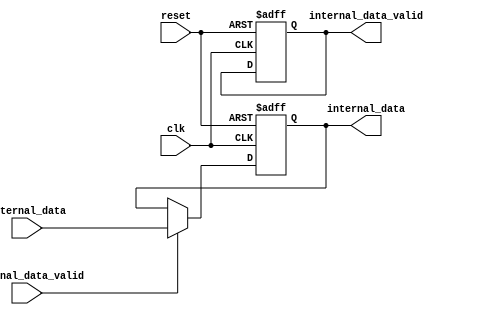
module io_block(
    input wire clk,
    input wire reset,
    // input signals from external device
    input wire external_data,
    input wire external_data_valid,
    // output signals to external device
    output reg internal_data,
    output reg internal_data_valid
);

// declare flip-flops for buffering signals
reg internal_data_reg;
reg internal_data_valid_reg;

// control logic for managing data flow direction
always @ (posedge clk or posedge reset) begin
    if (reset) begin
        internal_data <= 1'b0;
        internal_data_valid <= 1'b0;
    end else begin
        if (external_data_valid) begin
            internal_data <= external_data;
        end
    end
end

endmodule